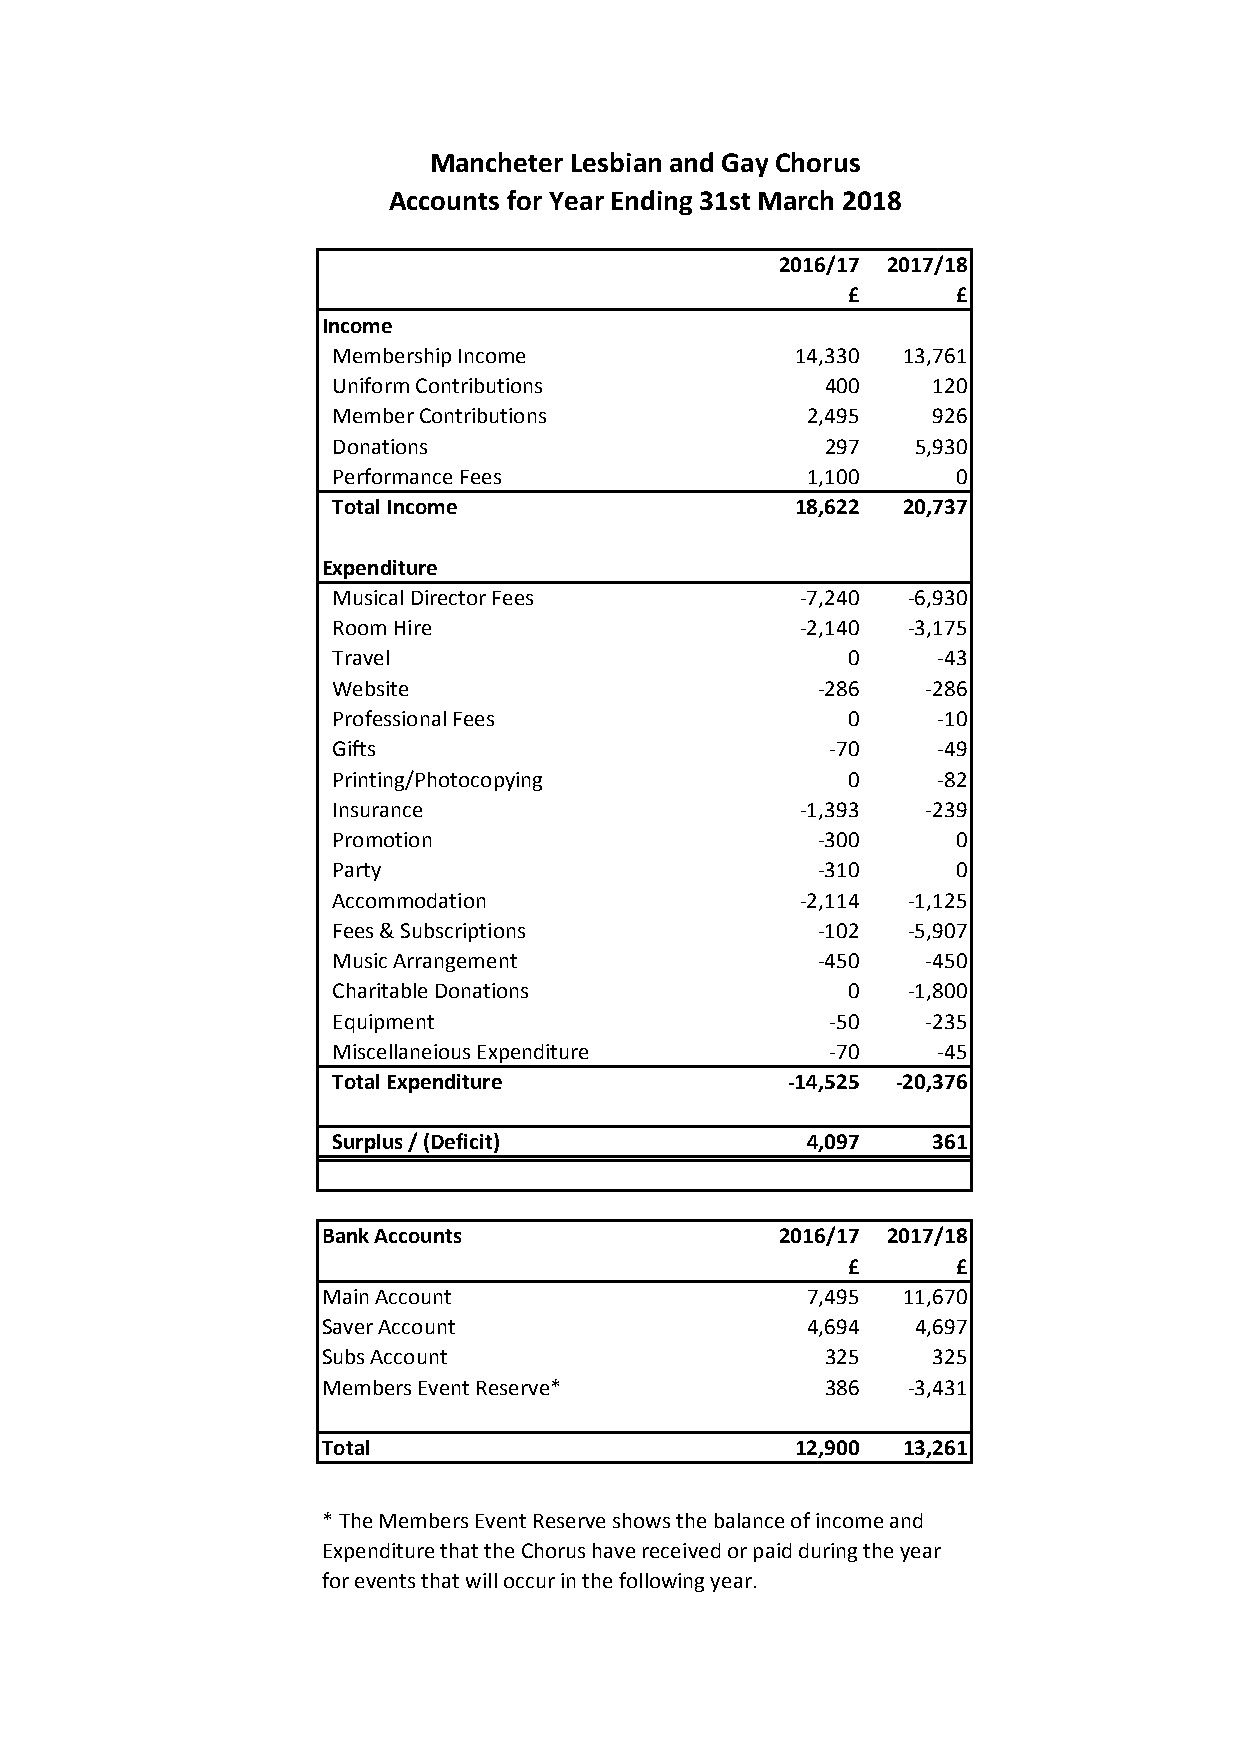
Mancheter Lesbian and Gay Chorus
 Accounts for Year Ending 31st March 2018
 2016/17 2017/18
 £      £
 Income
 Membership Income              14,330 13,761
 Uniform Contributions            400    120
 Member Contributions           2,495    926
 Donations                        297   5,930
 Performance Fees               1,100     0
 Total Income                   18,622 20,737
 Expenditure
 Musical Director Fees          -7,240 -6,930
 Room Hire                      -2,140 -3,175
 Travel                            0     -43
 Website                         -286   -286
 Professional Fees                 0     -10
 Gifts                            -70    -49
 Printing/Photocopying             0     -82
 Insurance                      -1,393  -239
 Promotion                       -300     0
 Party                           -310     0
 Accommodation                  -2,114 -1,125
 Fees & Subscriptions            -102  -5,907
 Music Arrangement               -450   -450
 Charitable Donations              0   -1,800
 Equipment                        -50   -235
 Miscellaneious Expenditure       -70    -45
 Total Expenditure             -14,525 -20,376
 Surplus / (Deficit)            4,097    361
 Bank Accounts                  2016/17 2017/18
 £      £
 Main Account                    7,495  11,670
 Saver Account                   4,694   4,697
 Subs Account                      325    325
 Members Event Reserve*            386  -3,431
 Total                           12,900 13,261
 * The Members Event Reserve shows the balance of income and
 Expenditure that the Chorus have received or paid during the year
 for events that will occur in the following year.